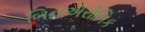
બિનઍરોબિક